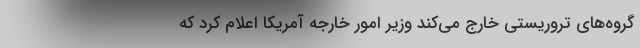
گروه‌های تروریستی خارج می‌کند وزیر امور خارجه آمریکا اعلام کرد که